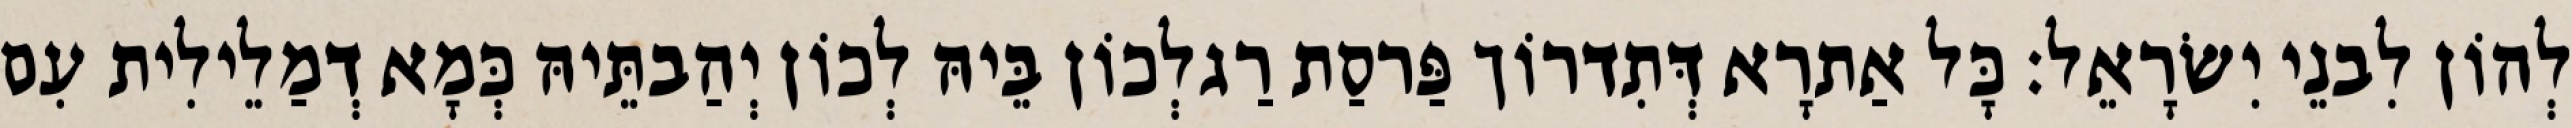
לְהוֹן לִבנֵי יִשׂרָאֵל׃ כָּל אַתרָא דְּתִדרוֹך פַּרסַת רַגלְכוֹן בֵּיהּ לְכוֹן יְהַבתֵּיהּ כְּמָא דְמַלֵילִית עִם